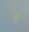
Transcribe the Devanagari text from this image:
अड्डें